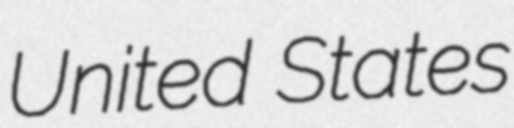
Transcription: United States